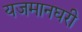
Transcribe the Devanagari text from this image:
यजमानघरी